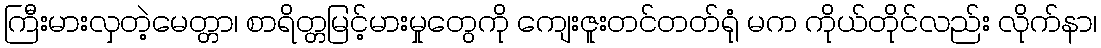
ကြီးမားလှတဲ့မေတ္တာ၊ စာရိတ္တမြင့်မားမှုတွေကို ကျေးဇူးတင်တတ်ရုံ မက ကိုယ်တိုင်လည်း လိုက်နာ၊